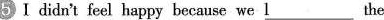
5Ⅰdidn't feel happy because we \underline{l}___the